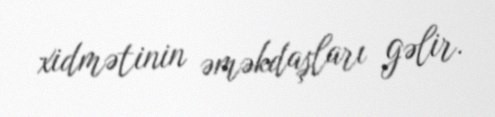
xidmətinin əməkdaşları gəlir.